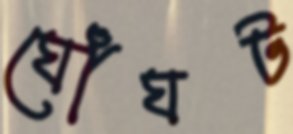
ঘোঁঘট